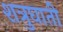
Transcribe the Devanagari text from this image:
शत्रुघाती